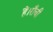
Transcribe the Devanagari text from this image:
हैं।राँची